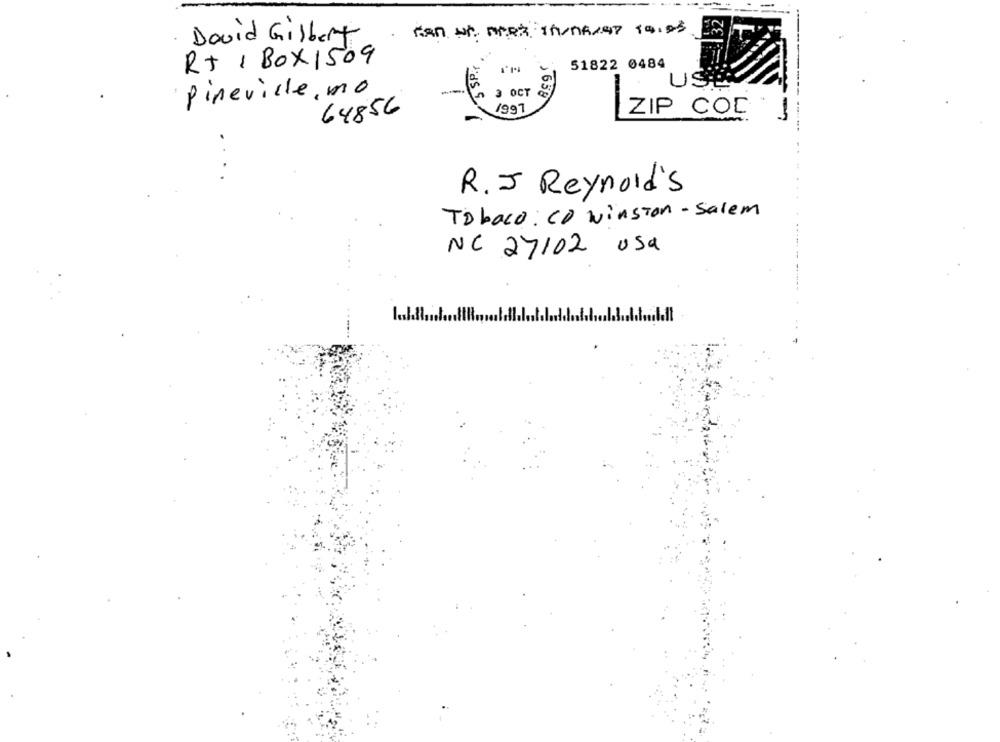
EN
David Gilbert
3 SP.
RT 1BOX1509
51822 0484
-
Pineville, mo
3 OCT
USE
64856
1997
ZIP COC
R.J Reynold's
Tobaco: CD winston - Salem
NC 27102 usa
... ..